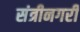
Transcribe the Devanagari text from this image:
संत्रीनगरी